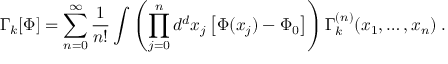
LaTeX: \Gamma _ { k } [ \Phi ] = \sum _ { n = 0 } ^ { \infty } \frac { 1 } { n ! } \int \left( \prod _ { j = 0 } ^ { n } d ^ { d } x _ { j } \left[ \Phi ( x _ { j } ) - \Phi _ { 0 } \right] \right) \Gamma _ { k } ^ { ( n ) } ( x _ { 1 } , \ldots , x _ { n } ) \; .